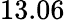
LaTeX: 13.06